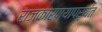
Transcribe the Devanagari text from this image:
राजकारण्यापर्यंत